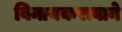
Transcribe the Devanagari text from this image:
विनायकरावाने